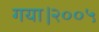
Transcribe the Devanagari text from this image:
गया।२००५